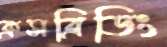
ক্রসব্রিডিং